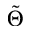
\tilde { \Theta }